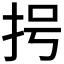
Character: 𢪶